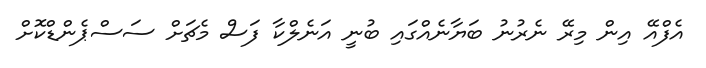
އެފްއޭ އިން މިރޭ ނެރުނު ބަޔާނެއްގައި ބުނީ އަނެލްކާ ފަސް މެޗަށް ސަސްޕެންޑްކޮށް